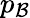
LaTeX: p_{\mathcal{B}}